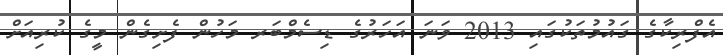
އެފްރިކާގެ ގައުމުތަކުގައި 2013 ވަނަ އަހަރުގެ ޑިސެމްބަރ މަހުން ފެށިގެން މީގެ ކުރިއަށް